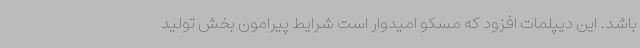
باشد. این دیپلمات افزود که مسکو امیدوار است شرایط پیرامون بخش تولید